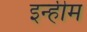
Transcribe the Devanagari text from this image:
इन्हीम